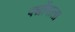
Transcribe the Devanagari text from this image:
पद्योंवाला